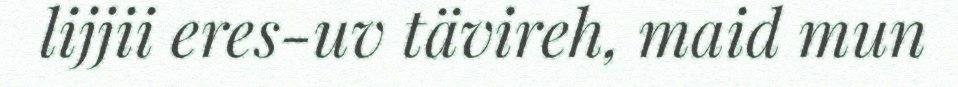
lijjii eres-uv tävireh, maid mun